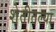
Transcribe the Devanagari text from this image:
शेतीतल्या